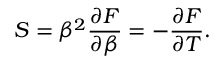
S = \beta ^ { 2 } { \frac { \partial F } { \partial \beta } } = - { \frac { \partial F } { \partial T } } .